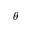
\theta